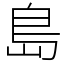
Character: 島